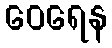
ဝေရေန